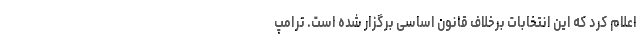
اعلام کرد که این انتخابات برخلاف قانون اساسی برگزار شده است. ترامپ